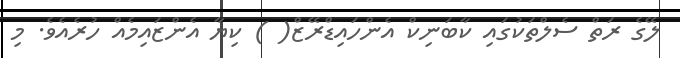
ލޭގެ ރަތް ސެލްތަކުގައި ކާބަނިކް އެންހައިޑްރޭޒް( ) ކިޔާ އެންޒައިމެއް ހުރެއެވެ. މި